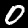
Label: 0